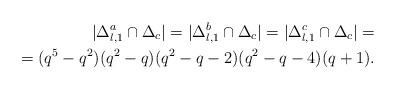
LaTeX: \begin{align*} |\Delta_{l,1}^a \cap \Delta_{c}| = |\Delta_{l,1}^b \cap \Delta_{c}| = |\Delta_{l,1}^c \cap \Delta_{c}| = \\ = (q^5-q^2)(q^2-q)(q^2-q-2)(q^2-q-4)(q+1).\end{align*}